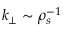
k _ { \perp } \sim \rho _ { s } ^ { - 1 }